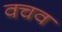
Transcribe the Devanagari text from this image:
वचव